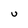
Character: U